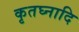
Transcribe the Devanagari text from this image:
कृतघ्नादि